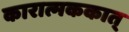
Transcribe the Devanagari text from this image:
कारात्मककात्‌